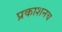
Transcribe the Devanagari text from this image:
प्रकाशनच